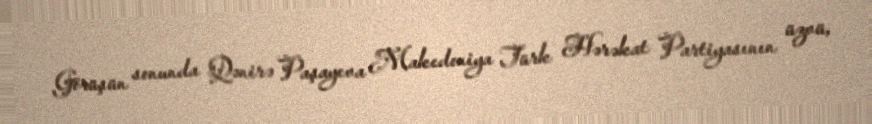
Görüşün sonunda Qənirə Paşayeva Makedoniya Türk Hərəkat Partiyasının üzvü,